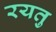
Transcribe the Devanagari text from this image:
रयतु